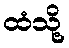
ထံသို့